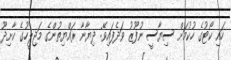
ހައި ކޯޓުގެ ހުކުމަށް ސިޔާސީ ނުފޫޒު ވަދެފައިވޭ: ދިޔާނާ ރައްޔިތުންގެ މަޖިލީހުގެ ކާށިދޫ